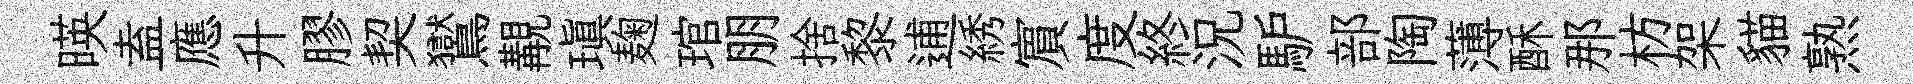
暎盍應升膠契鸑覯瑱麹琯朋捨黎逋綉賔度終況馿部陶薄酥那枋架貓熟